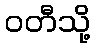
ဝတီသို့